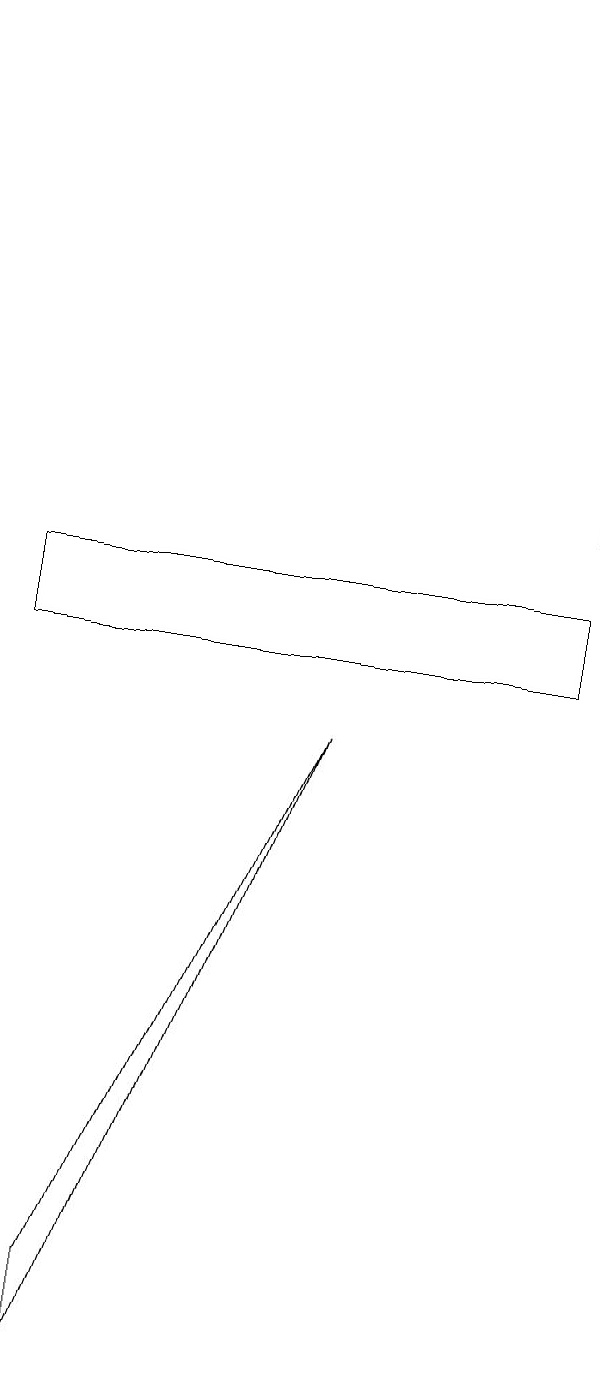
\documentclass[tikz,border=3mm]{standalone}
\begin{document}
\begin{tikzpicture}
\draw (2,1) -- (2,2) -- (5,9) -- cycle;
\draw (8,10) rectangle (1,11);
\draw (8,18) rectangle (8,12);
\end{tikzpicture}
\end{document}